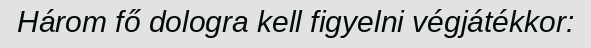
Három fő dologra kell figyelni végjátékkor: